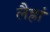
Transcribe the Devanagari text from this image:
लैह्रां